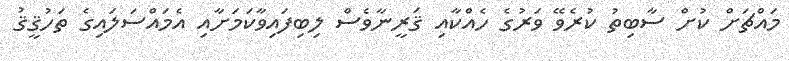
މައްޗަށް ކުށް ސާބިތު ކުރެވޭ ވަރުގެ ހެއްކާއި ޤަރީނާވެސް ލިބިފައިވާކަމަށާއި އެމައްސަލައިގެ ތަހުޤީޤު